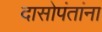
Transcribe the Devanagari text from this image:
दासोपंतांना